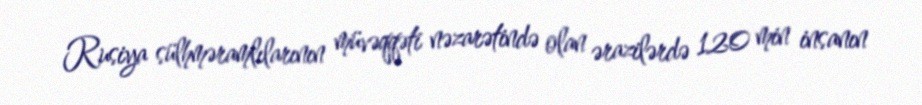
Rusiya sülhməramlılarının müvəqqəti nəzarətində olan ərazilərdə 120 min insanın